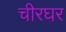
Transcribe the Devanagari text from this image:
चीरघर